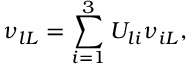
\nu _ { l L } = \sum _ { i = 1 } ^ { 3 } U _ { l i } \nu _ { i L } ,